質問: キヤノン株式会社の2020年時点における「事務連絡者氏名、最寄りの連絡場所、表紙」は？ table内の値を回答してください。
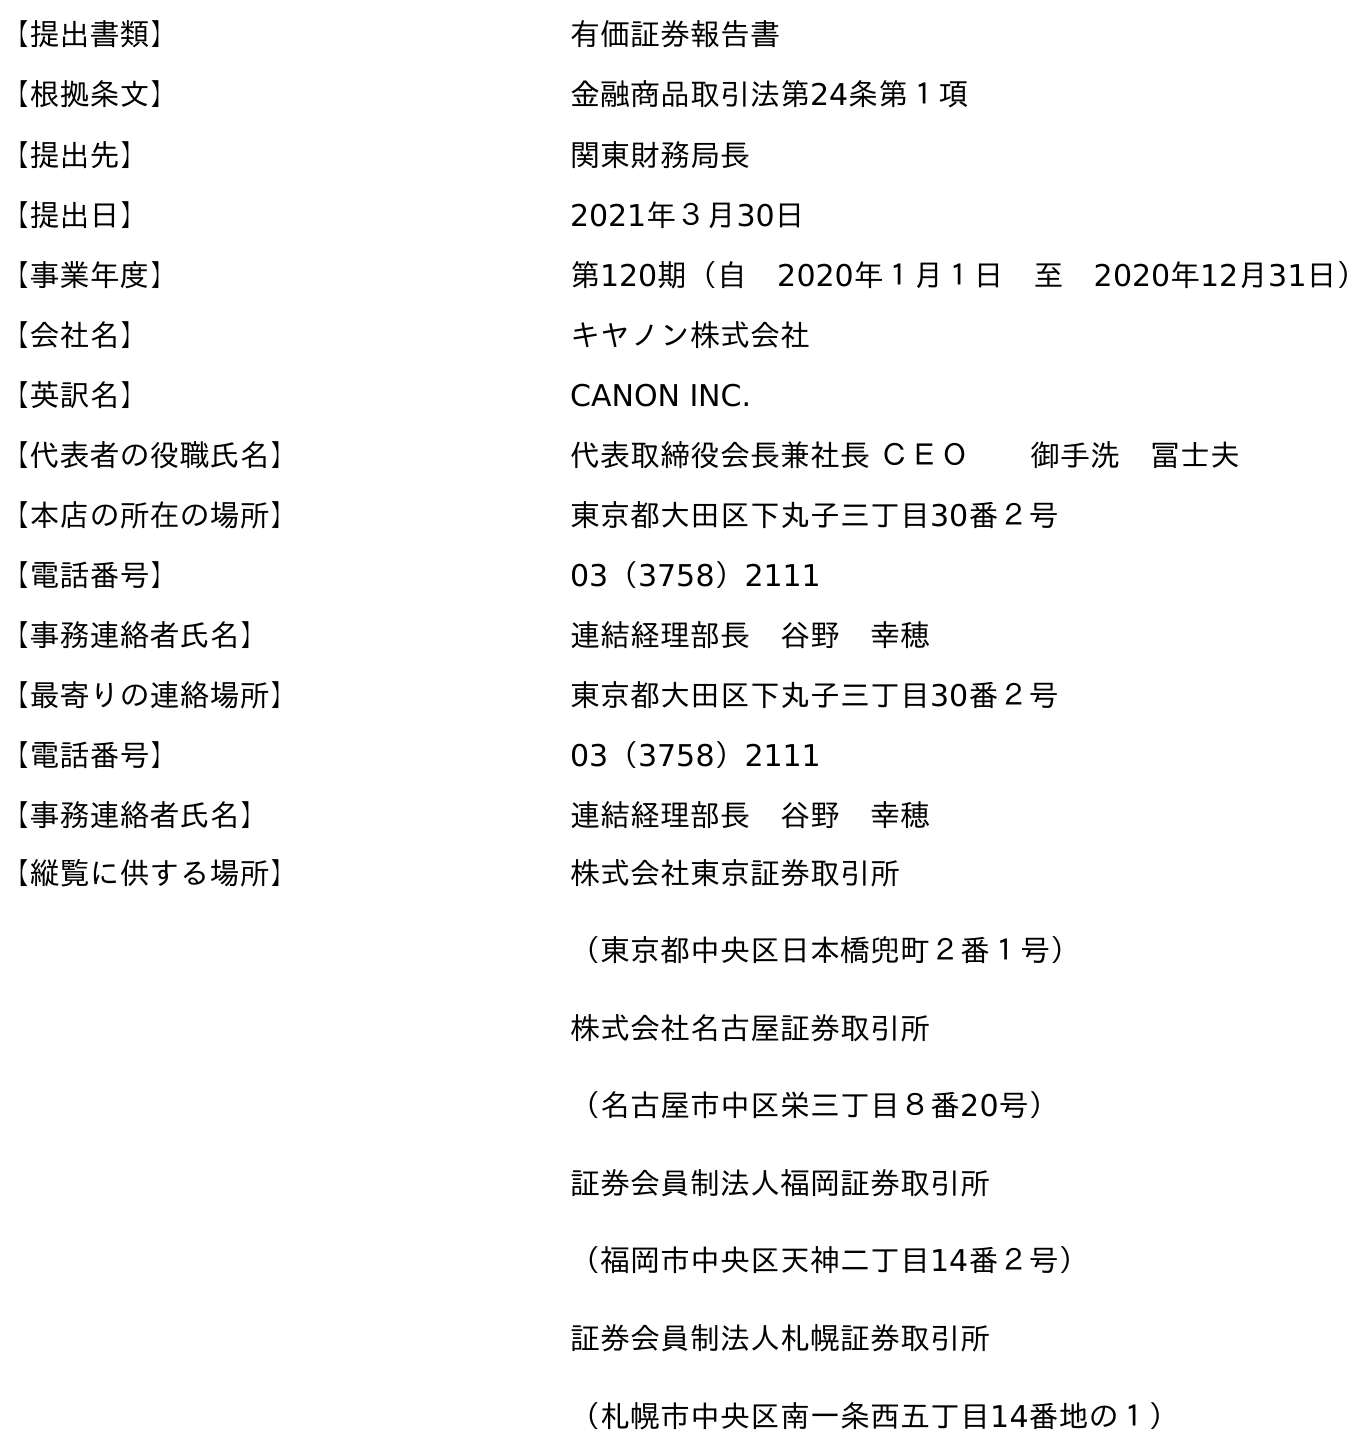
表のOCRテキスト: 【提出書類】 有価証券報告書 【根拠条文】 金融商品取引法第24条第１項 【提出先】 関東財務局長 【提出日】 2021年３月30日 【事業年度】 第120期（自 2020年１月１日 至 2020年12月31日） 【会社名】 キヤノン株式会社 【英訳名】 CANON INC. 【代表者の役職氏名】 代表取締役会長兼社長 ＣＥＯ  御手洗 冨士夫 【本店の所在の場所】 東京都大田区下丸子三丁目30番２号 【電話番号】 03（3758）2111 【事務連絡者氏名】 連結経理部長 谷野 幸穂 【最寄りの連絡場所】 東京都大田区下丸子三丁目30番２号 【電話番号】 03（3758）2111 【事務連絡者氏名】 連結経理部長 谷野 幸穂 【縦覧に供する場所】 株式会社東京証券取引所 （東京都中央区日本橋兜町２番１号） 株式会社名古屋証券取引所 （名古屋市中区栄三丁目８番20号） 証券会員制法人福岡証券取引所 （福岡市中央区天神二丁目14番２号） 証券会員制法人札幌証券取引所 （札幌市中央区南一条西五丁目14番地の１）
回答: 連結経理部長　谷野　幸穂